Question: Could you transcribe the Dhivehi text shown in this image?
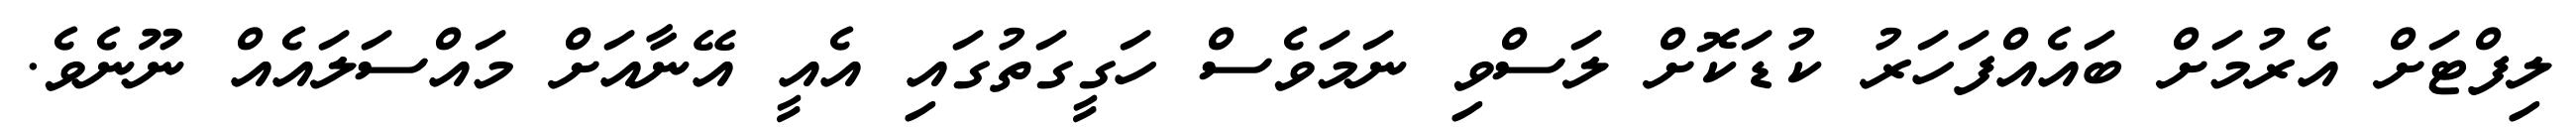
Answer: ލިފްޓަށް އެރުމަށް ބައެއްފަހަރު ކުޑަކޮށް ލަސްވި ނަމަވެސް ހަގީގަތުގައި އެއީ އޭނާއަށް މައްސަލައެއް ނޫނެވެ.